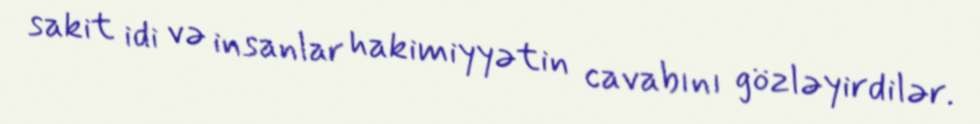
sakit idi və insanlar hakimiyyətin cavabını gözləyirdilər.